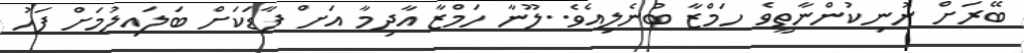
ބޭރަށް ނުނިކުންނާތީވެ ހަމްޒާ ބުނެލިއެވެ..ލޫނާ ހަމްޒާ އާދިމާ އަށް ފާޑަކަށް ބަލައިލުމަށް ފަހު